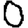
Digit: 0